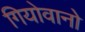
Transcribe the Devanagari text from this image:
गियोवानो